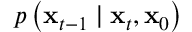
p \left( \mathbf { x } _ { t - 1 } \mid \mathbf { x } _ { t } , \mathbf { x } _ { 0 } \right)